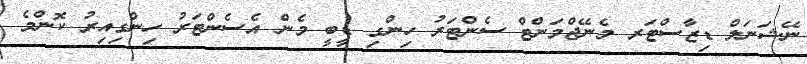
ނޭޝަނަލް ޑިޒާސްޓަރ މެނޭޖްމަންޓް ސެންޓަރު ހިންގި ޑީބީ މެން އެސެންޓަރު ހިންގިއިރު ކޮންމެ